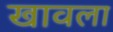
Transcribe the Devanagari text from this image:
खावला